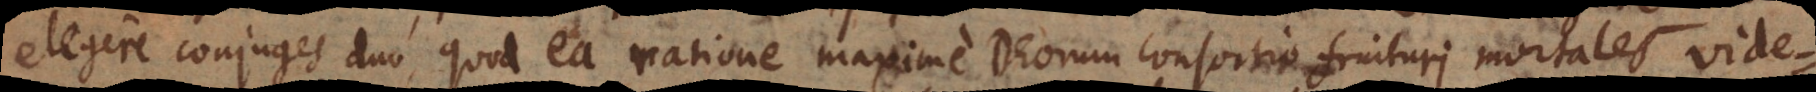
elegere conjuges duo quod ea ratione maxime Deorum consortio fruituri mortales vide